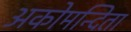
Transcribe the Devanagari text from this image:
अकोमन्दिता